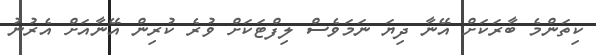
ކިތަންމެ ބާރަކަށް އޭނާ ދިޔަ ނަމަވެސް ލިފްޓަކަށް ވުރެ ކުރިން އޭނާއަށް އެރުނު